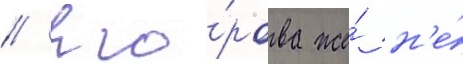
// Его́рова же́ н'е́